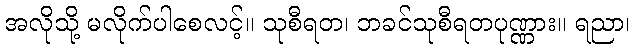
အလိုသို့ မလိုက်ပါစေလင့်။ သုစီရတ၊ ဘခင်သုစီရတပုဏ္ဏား။ ရညာ၊